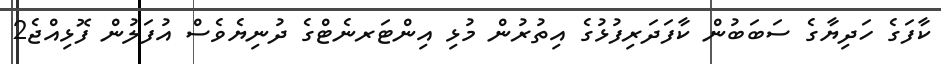
ކާފަގެ ހަދިޔާގެ ސަބަބުން ކާފަދަރިފުޅުގެ އިތުރުން މުޅި އިންޓަރނެޓްގެ ދުނިޔެވެސް އުފަލުން ފޮޅިއްޖެ2